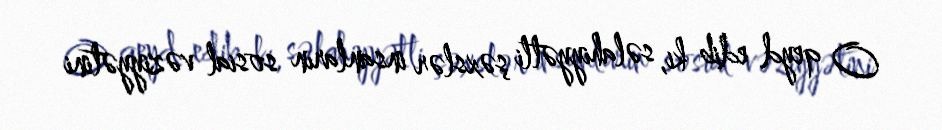
O qeyd edib ki, səlahiyyətli şəxslər insanların sosial vəziyyətini